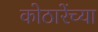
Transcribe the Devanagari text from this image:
कोठारेंच्या